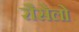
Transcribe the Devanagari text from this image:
रौसेलो